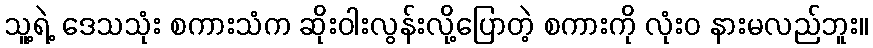
သူ့ရဲ့ ဒေသသုံး စကားသံက ဆိုးဝါးလွန်းလို့ပြောတဲ့ စကားကို လုံးဝ နားမလည်ဘူး။